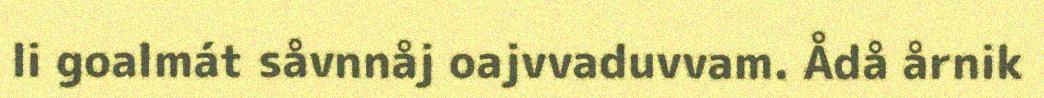
li goalmát såvnnåj oajvvaduvvam. Ådå årnik